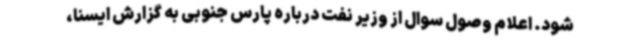
شود. اعلام وصول سوال از وزیر نفت درباره پارس جنوبی به گزارش ایسنا،